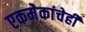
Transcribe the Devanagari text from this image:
एकमेकांचेही